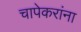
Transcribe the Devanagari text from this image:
चापेकरांना